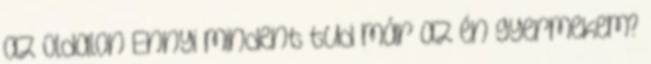
az oldalon Ennyi mindent tud már az én gyermekem?